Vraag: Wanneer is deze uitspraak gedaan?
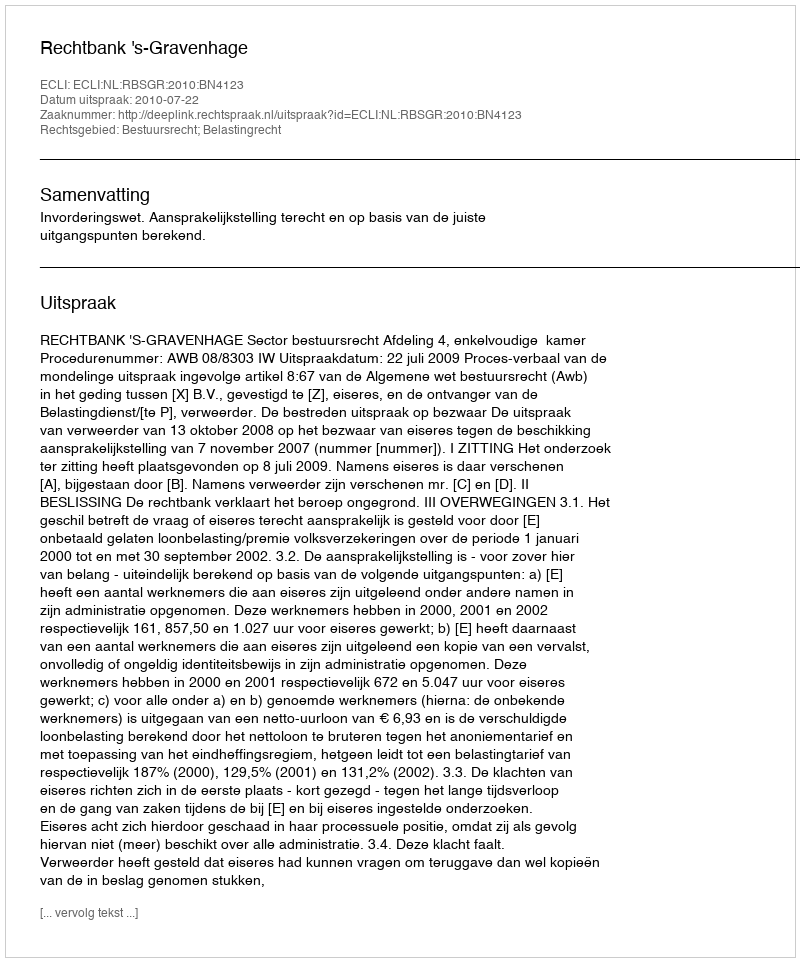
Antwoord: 2010-07-22